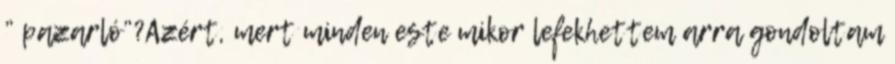
” pazarló”?Azért, mert minden este mikor lefekhettem arra gondoltam